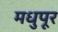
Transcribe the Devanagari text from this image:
मधुपूर